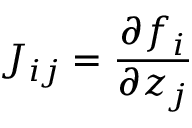
J _ { i j } = \frac { \partial f _ { i } } { \partial z _ { j } }